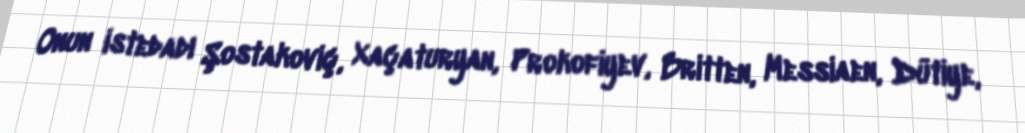
Onun istedadı Şostakoviç, Xaçaturyan, Prokofiyev, Britten, Messiaen, Dütiye,